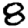
Digit: 8